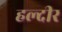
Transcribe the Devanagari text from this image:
हल्दीर